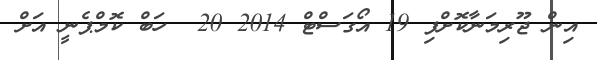
އިން ޖޫރިމަނާކޮށްފި 19 އޯގަސްޓް 2014 20  ހަބް ކޮމްޕެނީ އަށް